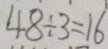
4 8 \div 3 = 1 6